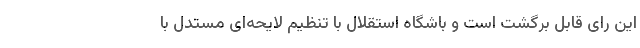
این رای قابل برگشت است و باشگاه استقلال با تنظیم لایحه‌ای مستدل با